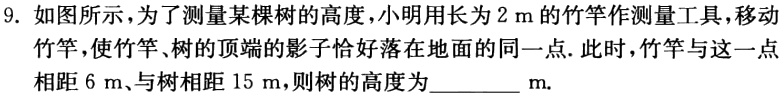
9. 如图所示，为了测量某棵树的高度，小明用长为\(2\mathrm{m}\)的竹竿作测量工具，移动竹竿，使竹竿、树的顶端的影子恰好落在地面的同一点. 此时，竹竿与这一点相距\(6\mathrm{m}\)、与树相距\(15\mathrm{m}\)，则树的高度为________ \(\mathrm{m}\).